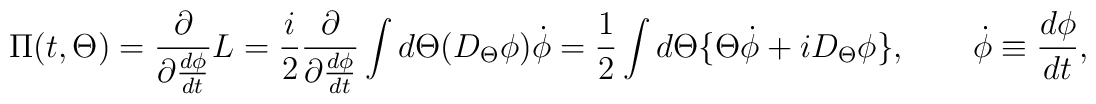
\Pi(t,\Theta)= \frac{\partial}{\partial\frac{d\phi}{dt}} L=\frac{i}{2}\frac{\partial}{\partial\frac{d\phi}{dt}}\int d\Theta (D_{\Theta }\phi )\dot{\phi } =\frac{1}{2}\int d\Theta \{\Theta \dot{\phi }+iD_{\Theta }\phi \},\qquad \dot{\phi }\equiv\frac{d\phi}{dt},